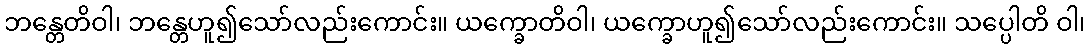
ဘန္တေတိဝါ၊ ဘန္တေဟူ၍သော်လည်းကောင်း။ ယက္ခောတိဝါ၊ ယက္ခောဟူ၍သော်လည်းကောင်း။ သပ္ပေါတိ ဝါ၊